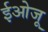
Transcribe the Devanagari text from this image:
ईओजू